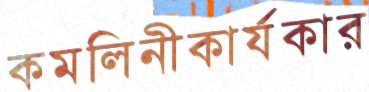
কমলিনীকার্যকার